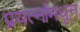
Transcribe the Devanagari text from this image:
प्रयत्‍नांमधून